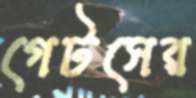
গেটসের